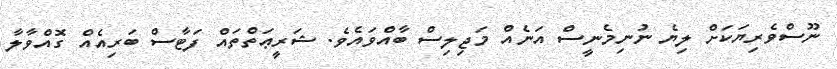
ނޫސްވެރިޔަކަށް ލިޔެ ނުނިމެނީސް އަނެއް މަޖިލިސް ބާއްވައެވެ. ޝަރީޢަތްތައް ފަޓާސް ބަރިއެއް ގޮއްވާލާ